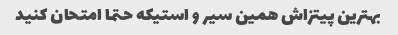
بهترین پیتزاش همین سیر و استیکه حتما امتحان کنید